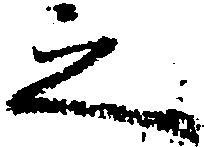
之